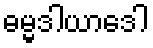
ဓမ္မဒါယာဒေါ